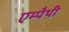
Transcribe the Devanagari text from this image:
एम्पैथी